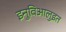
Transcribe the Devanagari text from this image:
इनुविआलुइत